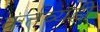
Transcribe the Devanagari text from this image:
कर्तव्यही